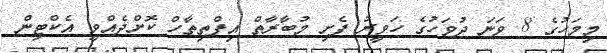
މިމަހުގެ 8 ވަނަ ދުވަހުގެ ހަވީރު ފެށި މުބާރާތް އިފްތިތާހް ކޮށްދެއްވީ އެކްޓިން